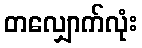
တလျှောက်လုံး